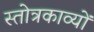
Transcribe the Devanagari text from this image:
स्तोत्रकाव्यों